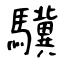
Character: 驥